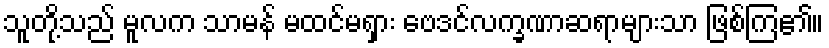
သူတို့သည် မူလက သာမန် မထင်မရှား ဗေဒင်လက္ခဏာဆရာများသာ ဖြစ်ကြ၏။